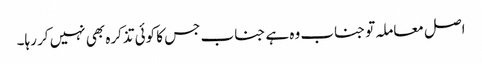
اصل معاملہ تو جناب وہ ہے جناب جس کا کوئی تذکرہ بھی نہیں کر رہا۔